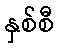
နှစ်စီ